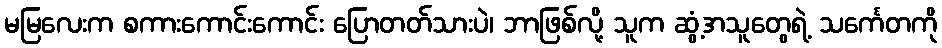
မမြလေးက စကားကောင်းကောင်း ပြောတတ်သားပဲ၊ ဘာဖြစ်လို့ သူက ဆွံ့အသူတွေရဲ့ သင်္ကေတကို